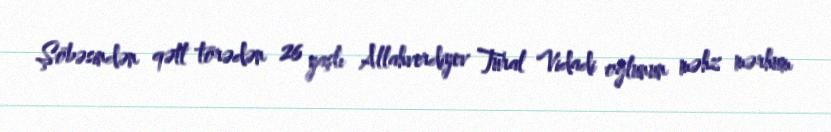
Şöbəsindən qətl törədən 26 yaşlı Allahverdiyev Tural Vidadi oğlunun məhz mərhum